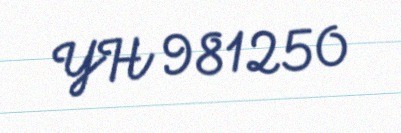
YH 981250